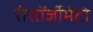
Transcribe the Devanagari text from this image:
रीसॉर्जीमेंटो